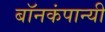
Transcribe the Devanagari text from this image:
बॉनकंपान्यी